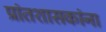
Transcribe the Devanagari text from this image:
प्रांतशासकांना